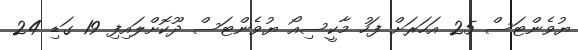
ޔުވެންޓަސް 25 އަހަރަށް ފަހު މާކީސިއޯ ޔުވެންޓަސް ދޫކޮށްލައިފި 19 ގަޑި 24